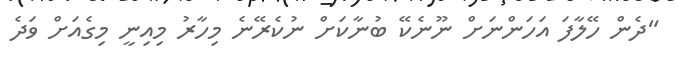
"ދެން ހޭލާފަ އަހަންނަށް ނޫނެކޭ ބުނާކަށް ނުކެރޭނެ މިހާރު މިއިނީ މިގެއަށް ވަދެ